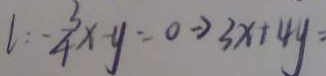
l : - \frac { 3 } { 4 } \times - y = 0 \rightarrow 3 x + 4 y =